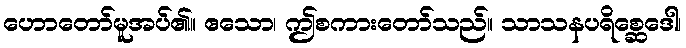
ဟောတော်မူအပ်၏။ ဧသော၊ ဤစကားတော်သည်။ သာသနပရိစ္ဆေဒေါ၊